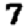
Digit: 7